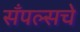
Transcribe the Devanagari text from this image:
सँपल्सचे